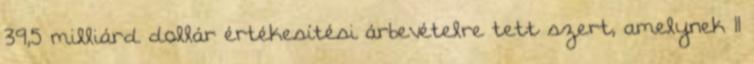
39,5 milliárd dollár értékesítési árbevételre tett szert, amelynek 11